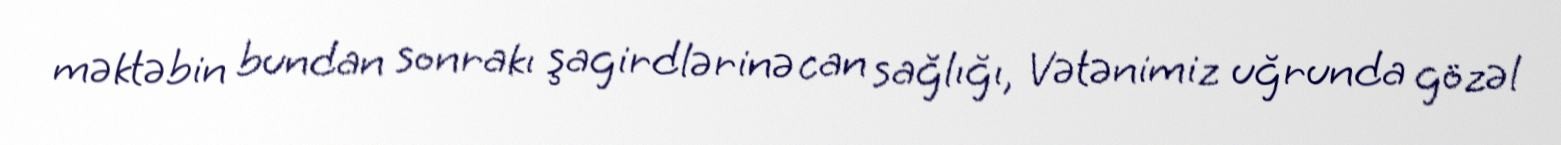
məktəbin bundan sonrakı şagirdlərinə can sağlığı, Vətənimiz uğrunda gözəl